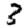
Digit: 3